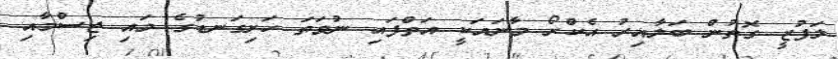
ލަފުޒީ ގޮތުން ބަލާއިރު އެކްރޯ މާނައަކީ އަތްފައި ނުވަތަ ހަށިގަނޑުގެ މައި ޖިސްމާއި